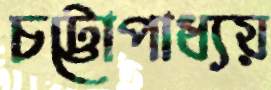
চট্টোপাধ্যয়